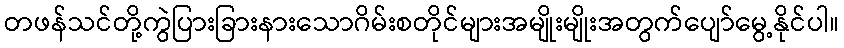
တဖန်သင်တို့ကွဲပြားခြားနားသောဂိမ်းစတိုင်များအမျိုးမျိုးအတွက်ပျော်မွေ့နိုင်ပါ။